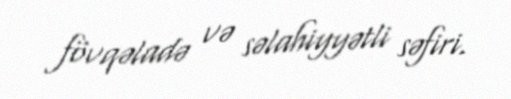
fövqəladə və səlahiyyətli səfiri.